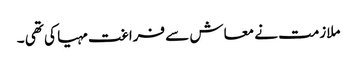
ملازمت نے معاش سے فراغت مہیا کی تھی ۔